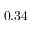
0 . 3 4